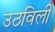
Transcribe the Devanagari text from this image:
उठविली